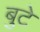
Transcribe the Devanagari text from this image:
बुटे